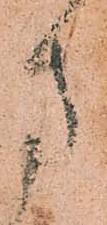
方